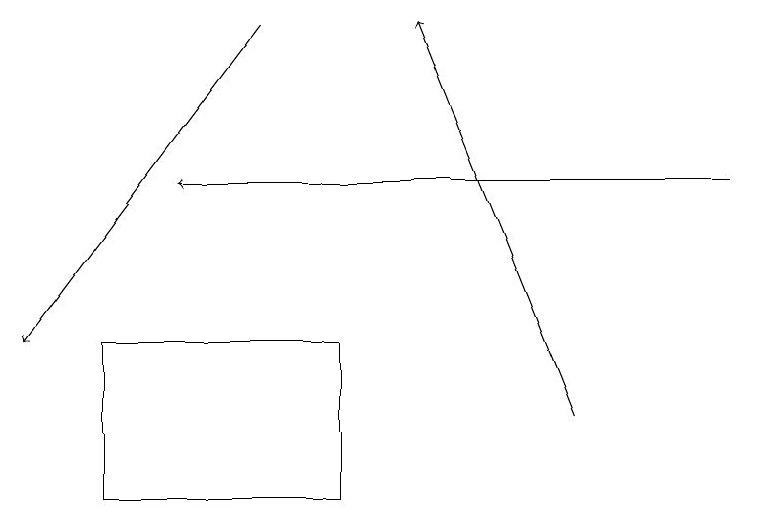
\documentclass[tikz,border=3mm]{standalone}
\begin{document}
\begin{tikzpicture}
\draw[->] (7,11) -- (5,16);
\draw[->] (3,16) -- (0,12);
\draw (1,10) rectangle (4,12);
\draw[->] (9,14) -- (2,14);
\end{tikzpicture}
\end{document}